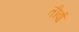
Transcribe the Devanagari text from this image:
तीर्वा